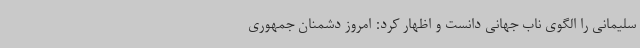
سلیمانی را الگوی ناب جهانی دانست و اظهار کرد: امروز دشمنان جمهوری